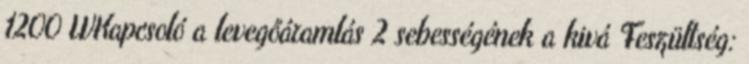
1200 WKapcsoló a levegőáramlás 2 sebességének a kivá Feszültség: